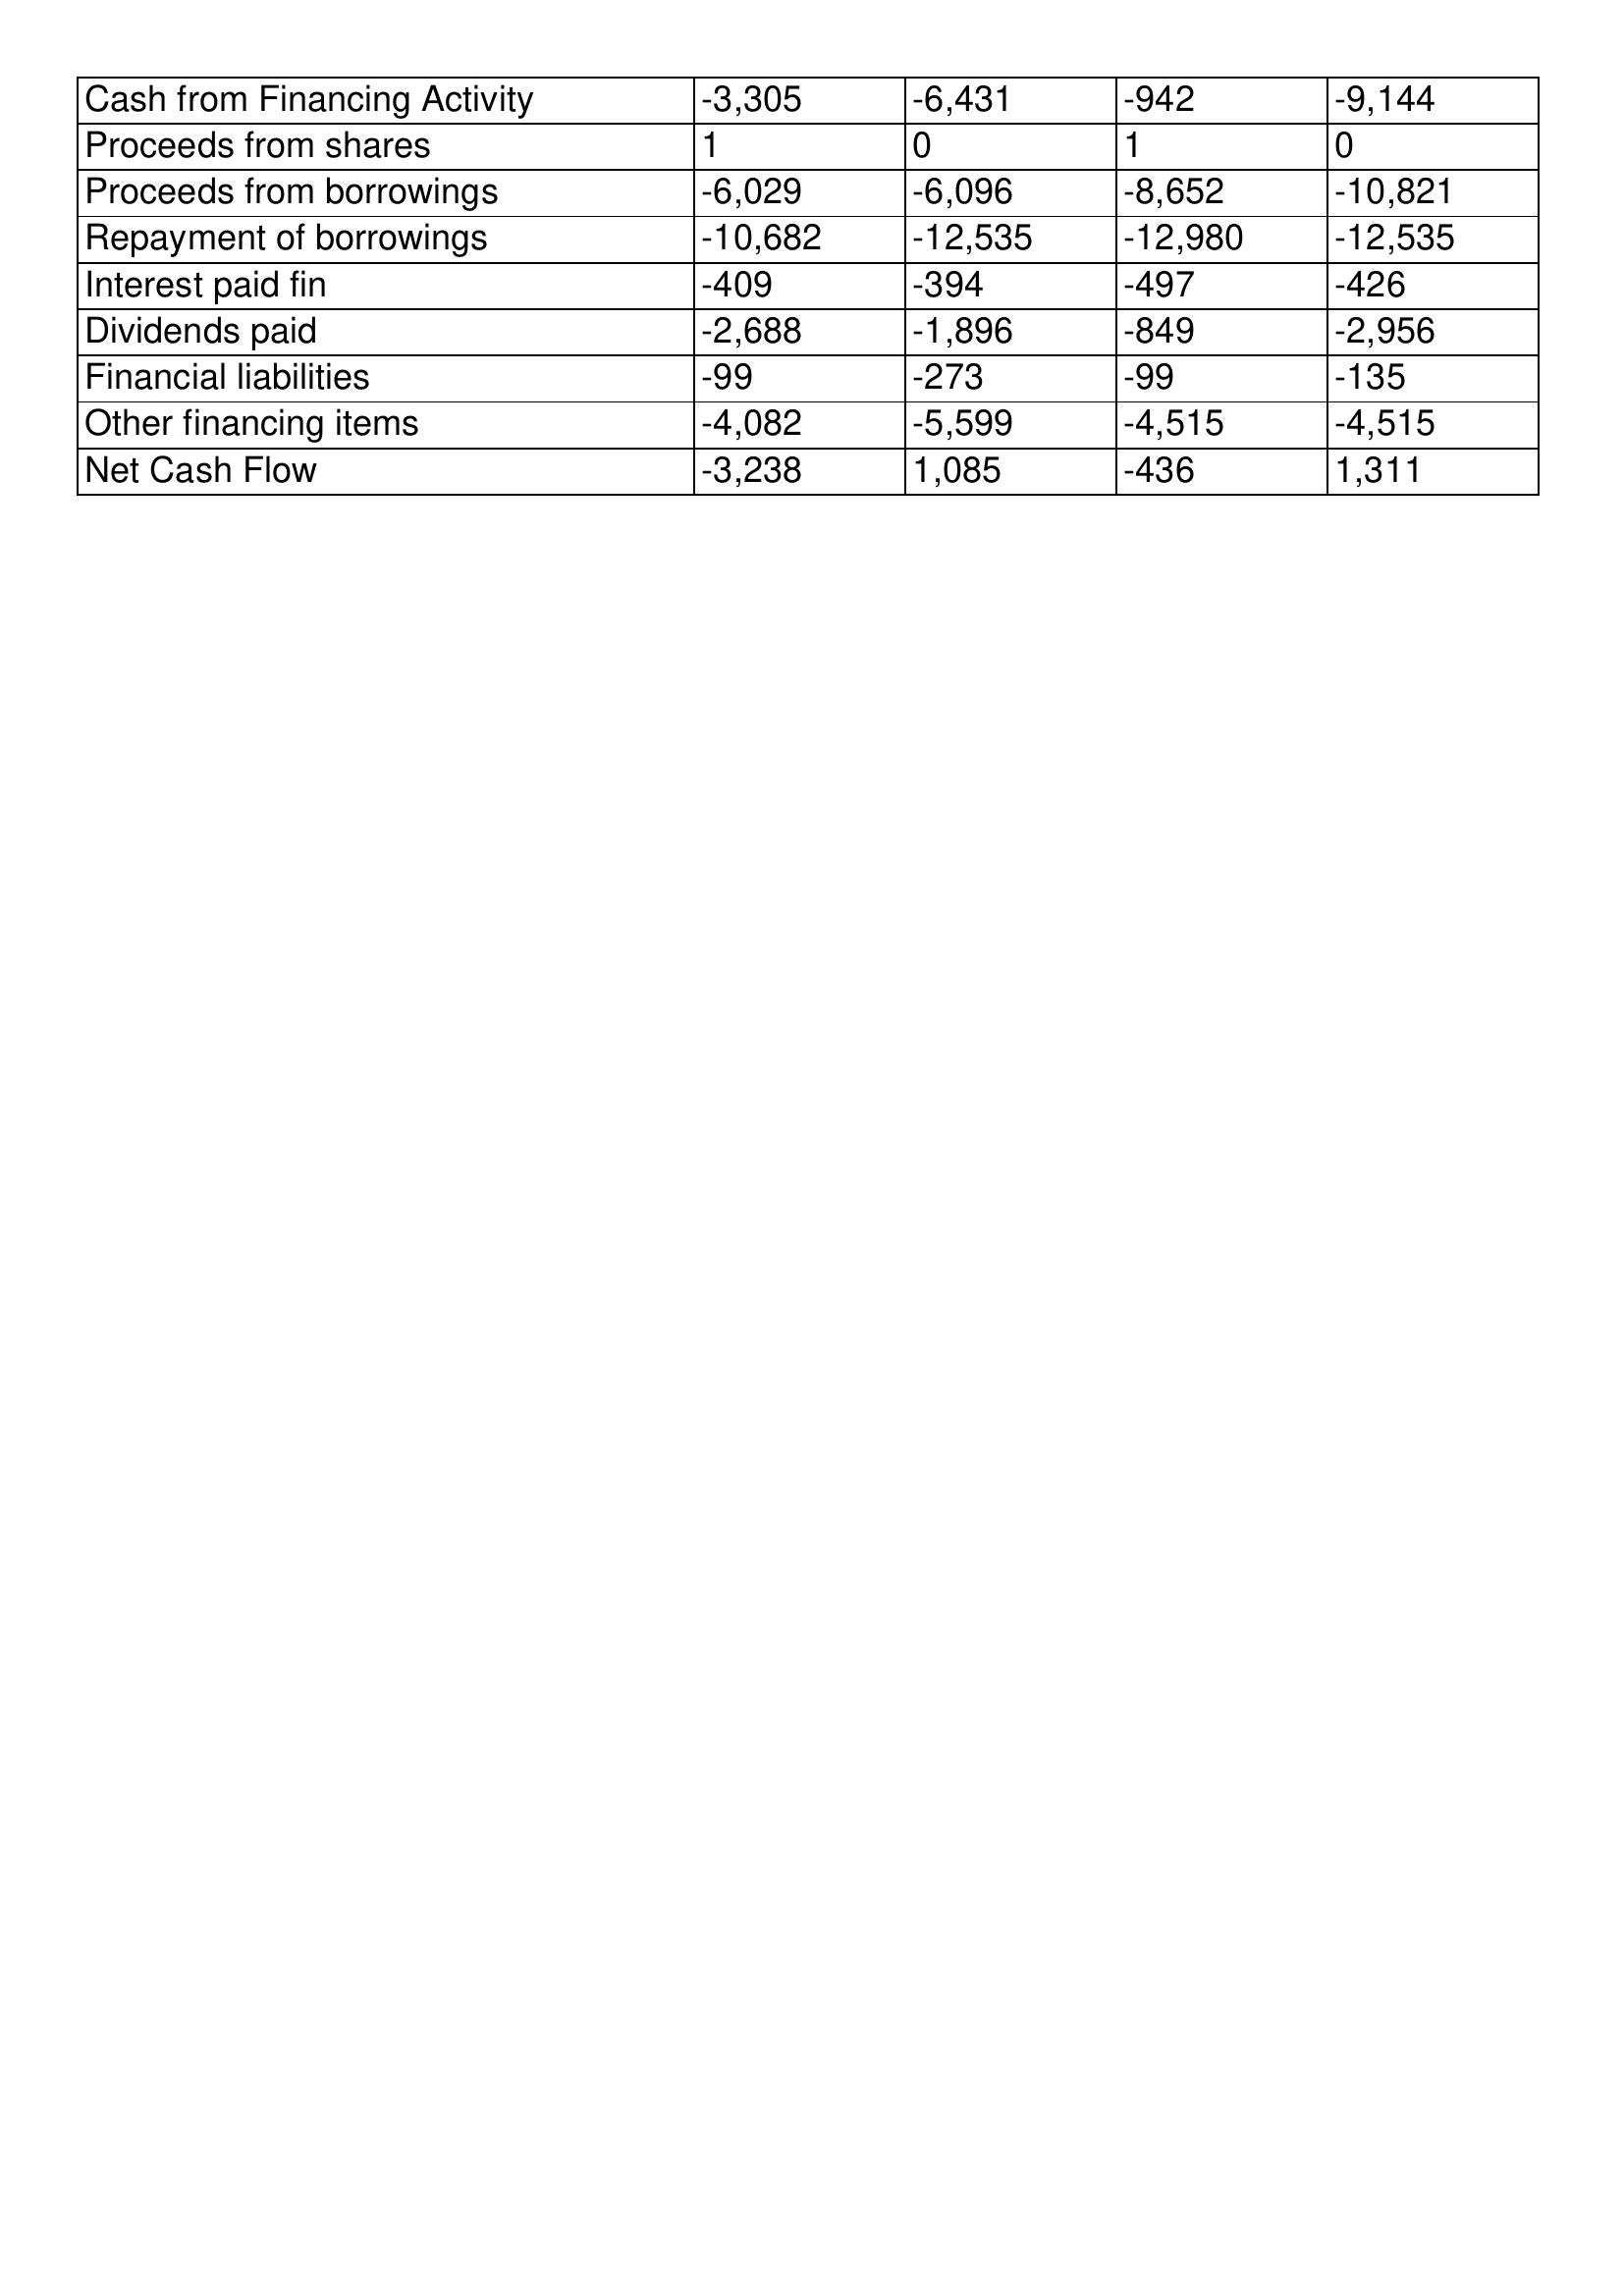
gt_parse: 2000: Cash Flows: Cash from Financing Activity: -3,305
Proceeds from shares: 1
Proceeds from borrowings: -6,029
Repayment of borrowings: -10,682
Interest paid fin: -409
Dividends paid: -2,688
Financial liabilities: -99
Other financing items: -4,082
Net Cash Flow: -3,238
1999: Cash Flows: Cash from Financing Activity: -6,431
Proceeds from shares: 0
Proceeds from borrowings: -6,096
Repayment of borrowings: -12,535
Interest paid fin: -394
Dividends paid: -1,896
Financial liabilities: -273
Other financing items: -5,599
Net Cash Flow: 1,085
1998: Cash Flows: Cash from Financing Activity: -942
Proceeds from shares: 1
Proceeds from borrowings: -8,652
Repayment of borrowings: -12,980
Interest paid fin: -497
Dividends paid: -849
Financial liabilities: -99
Other financing items: -4,515
Net Cash Flow: -436
1997: Cash Flows: Cash from Financing Activity: -9,144
Proceeds from shares: 0
Proceeds from borrowings: -10,821
Repayment of borrowings: -12,535
Interest paid fin: -426
Dividends paid: -2,956
Financial liabilities: -135
Other financing items: -4,515
Net Cash Flow: 1,311